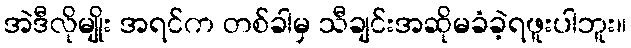
အဲဒီလိုမျိုး အရင်က တစ်ခါမှ သီချင်းအဆိုမခံခဲ့ရဖူးပါဘူး။